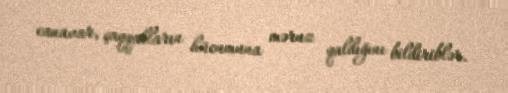
canavar, çaqqalların hücumuna məruz qaldığını bildiriblər.